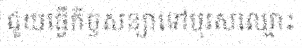
ជួយធ្វើកិច្ចសន្យាទៅបុរសឈ្មោះ